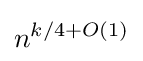
n^{k/4+O(1)}